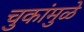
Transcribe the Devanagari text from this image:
चुकांमुळे